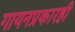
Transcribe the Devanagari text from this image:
गायनप्रकारही